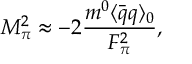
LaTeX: M _ { \pi } ^ { 2 } \approx - 2 \frac { m ^ { 0 } \langle \bar { q } q \rangle _ { 0 } } { F _ { \pi } ^ { 2 } } ,